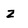
Character: z